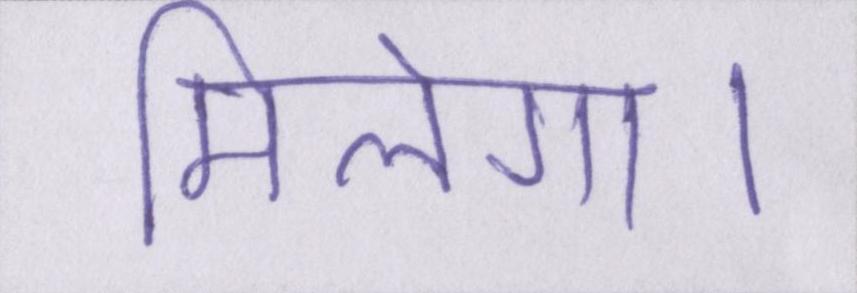
मिलेगा।